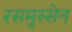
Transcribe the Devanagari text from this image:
रसमुस्सेन